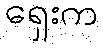
ရှေးက